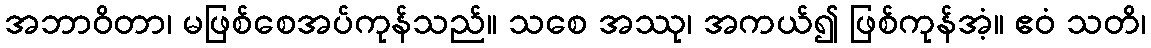
အဘာဝိတာ၊ မဖြစ်စေအပ်ကုန်သည်။ သစေ အဿု၊ အကယ်၍ ဖြစ်ကုန်အံ့။ ဧဝံ သတိ၊